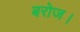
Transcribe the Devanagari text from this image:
बरोज।